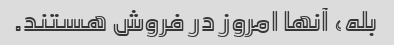
بله، آنها امروز در فروش هستند.